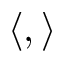
\langle , \rangle